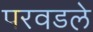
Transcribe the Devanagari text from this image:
परवडले